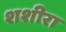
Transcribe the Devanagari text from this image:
शशीरा